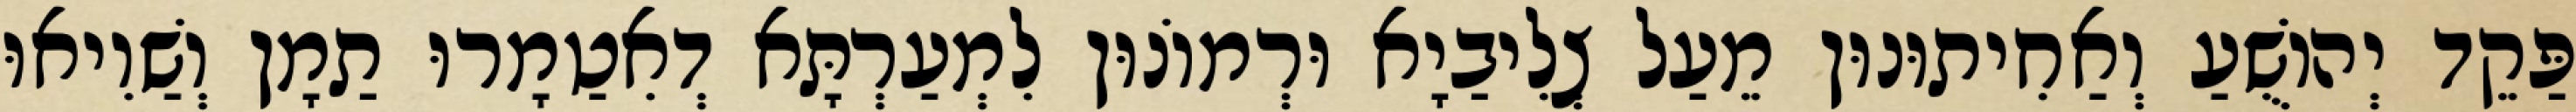
פַּקֵד יְהוֹשֻׁעַ וְאַחִיתוּנוּן מֵעַל צְלִיבַיָא וּרְמוֹנוּן לִמְעַרְתָּא דְאִטַמָרוּ תַמָן וְשַׁוִיאוּ